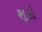
શૂરો